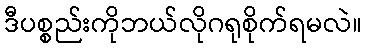
ဒီပစ္စည်းကိုဘယ်လိုဂရုစိုက်ရမလဲ။